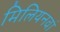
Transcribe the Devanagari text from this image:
मिलियनवां